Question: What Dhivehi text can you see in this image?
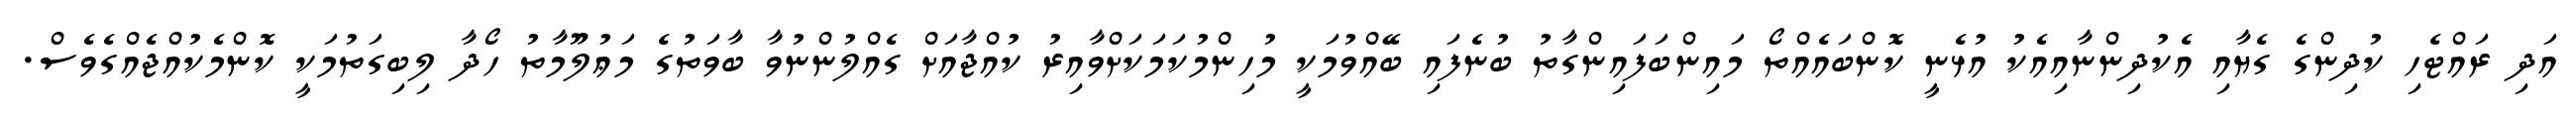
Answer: އަދި ރައްޓެހި ކުދިންގެ ގެޔާއި އެކުދިންނާއިއެކު އުޅެނީ ކޮންބައެއްތޯ މައިންބަފައިންގާތު ބުނެފައި ބޭއްވުމަކީ މުހިންމުކަމަކަށްވާއިރު ކުއްޖާއަށް ގެއްލުންނުވާ ބާވަތުގެ މަޢުލޫމާތު ހޯދާ ލިބިގަތުމަކީ ކޮންމެކުއްޖެއްގެވެސް.